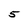
Character: 5